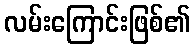
လမ်းကြောင်းဖြစ်၏